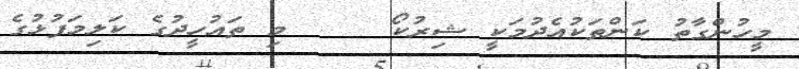
މީހުންގާތު ކަންތަކުއެދުމަކީ ޝިރުކޯ     މި ތައުހީދުގެ ކަލިމަފުޅުގެ